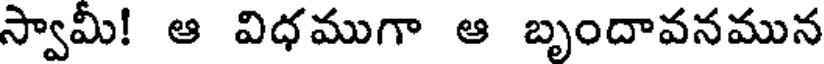
స్వామీ! ఆ విధముగా ఆ బృందావనమున